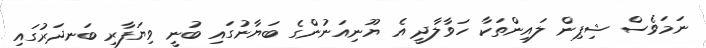
ނަމަވެސް ޝިޕިން ލައިންތަކާ ހަވާލާދީ އެ ޔޫނިއަނުންގެ ބަޔާނުގައި ބުނީ ވިޔަފާރި ބަނދަރުގައި